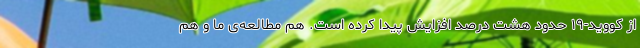
از کووید-۱۹ حدود هشت درصد افزایش پیدا کرده است. هم مطالعه‌ی ما و هم